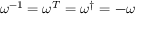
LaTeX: \omega ^ { - 1 } = \omega ^ { T } = \omega ^ { \dagger } = - \omega